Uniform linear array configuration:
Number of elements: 16
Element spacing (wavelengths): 0.75
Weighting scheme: binomial
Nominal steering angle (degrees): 60
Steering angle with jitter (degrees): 59.93
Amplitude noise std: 0.05
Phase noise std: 0.05

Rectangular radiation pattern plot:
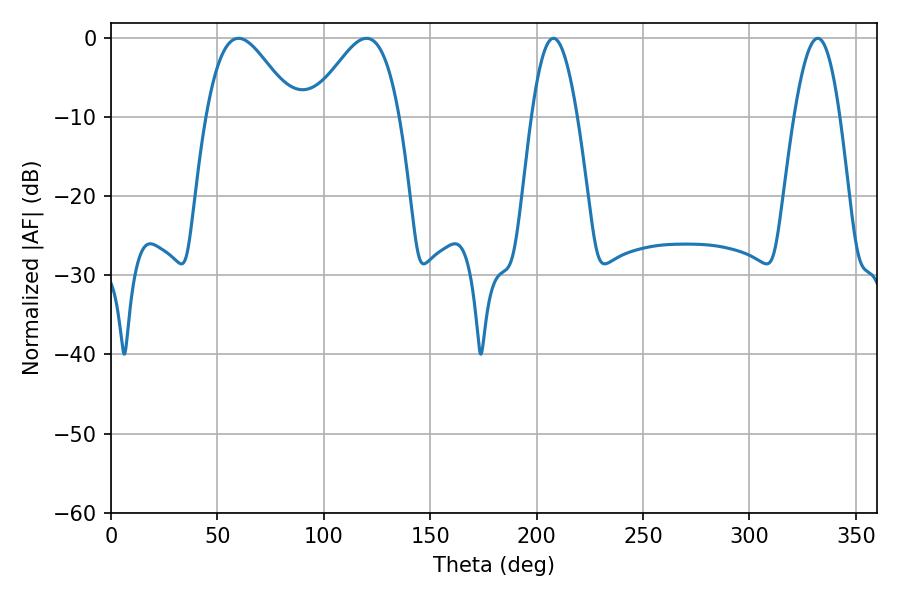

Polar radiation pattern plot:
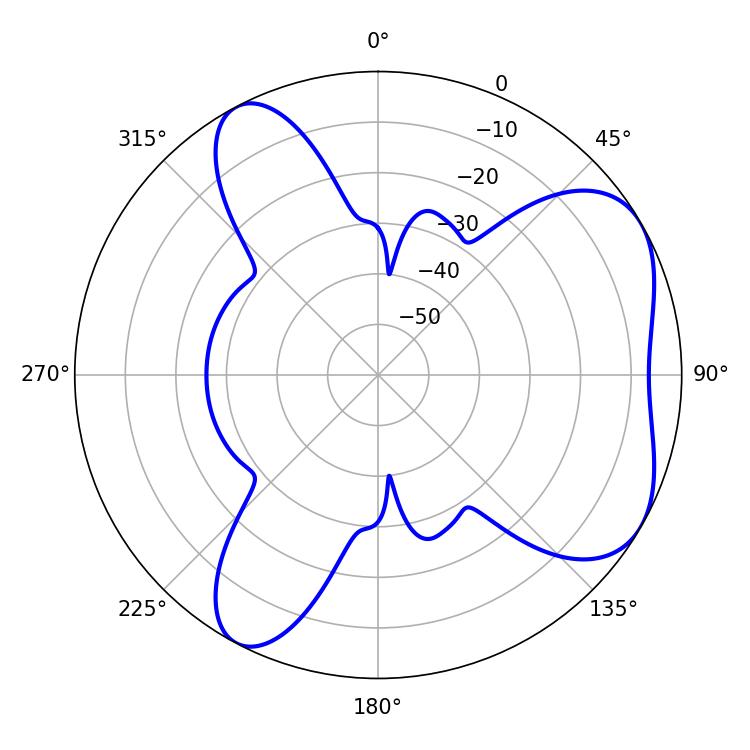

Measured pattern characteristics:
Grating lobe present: TRUE
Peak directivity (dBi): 5.5
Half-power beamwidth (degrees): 11.7
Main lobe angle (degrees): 332.1